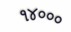
૧૪૦૦૦